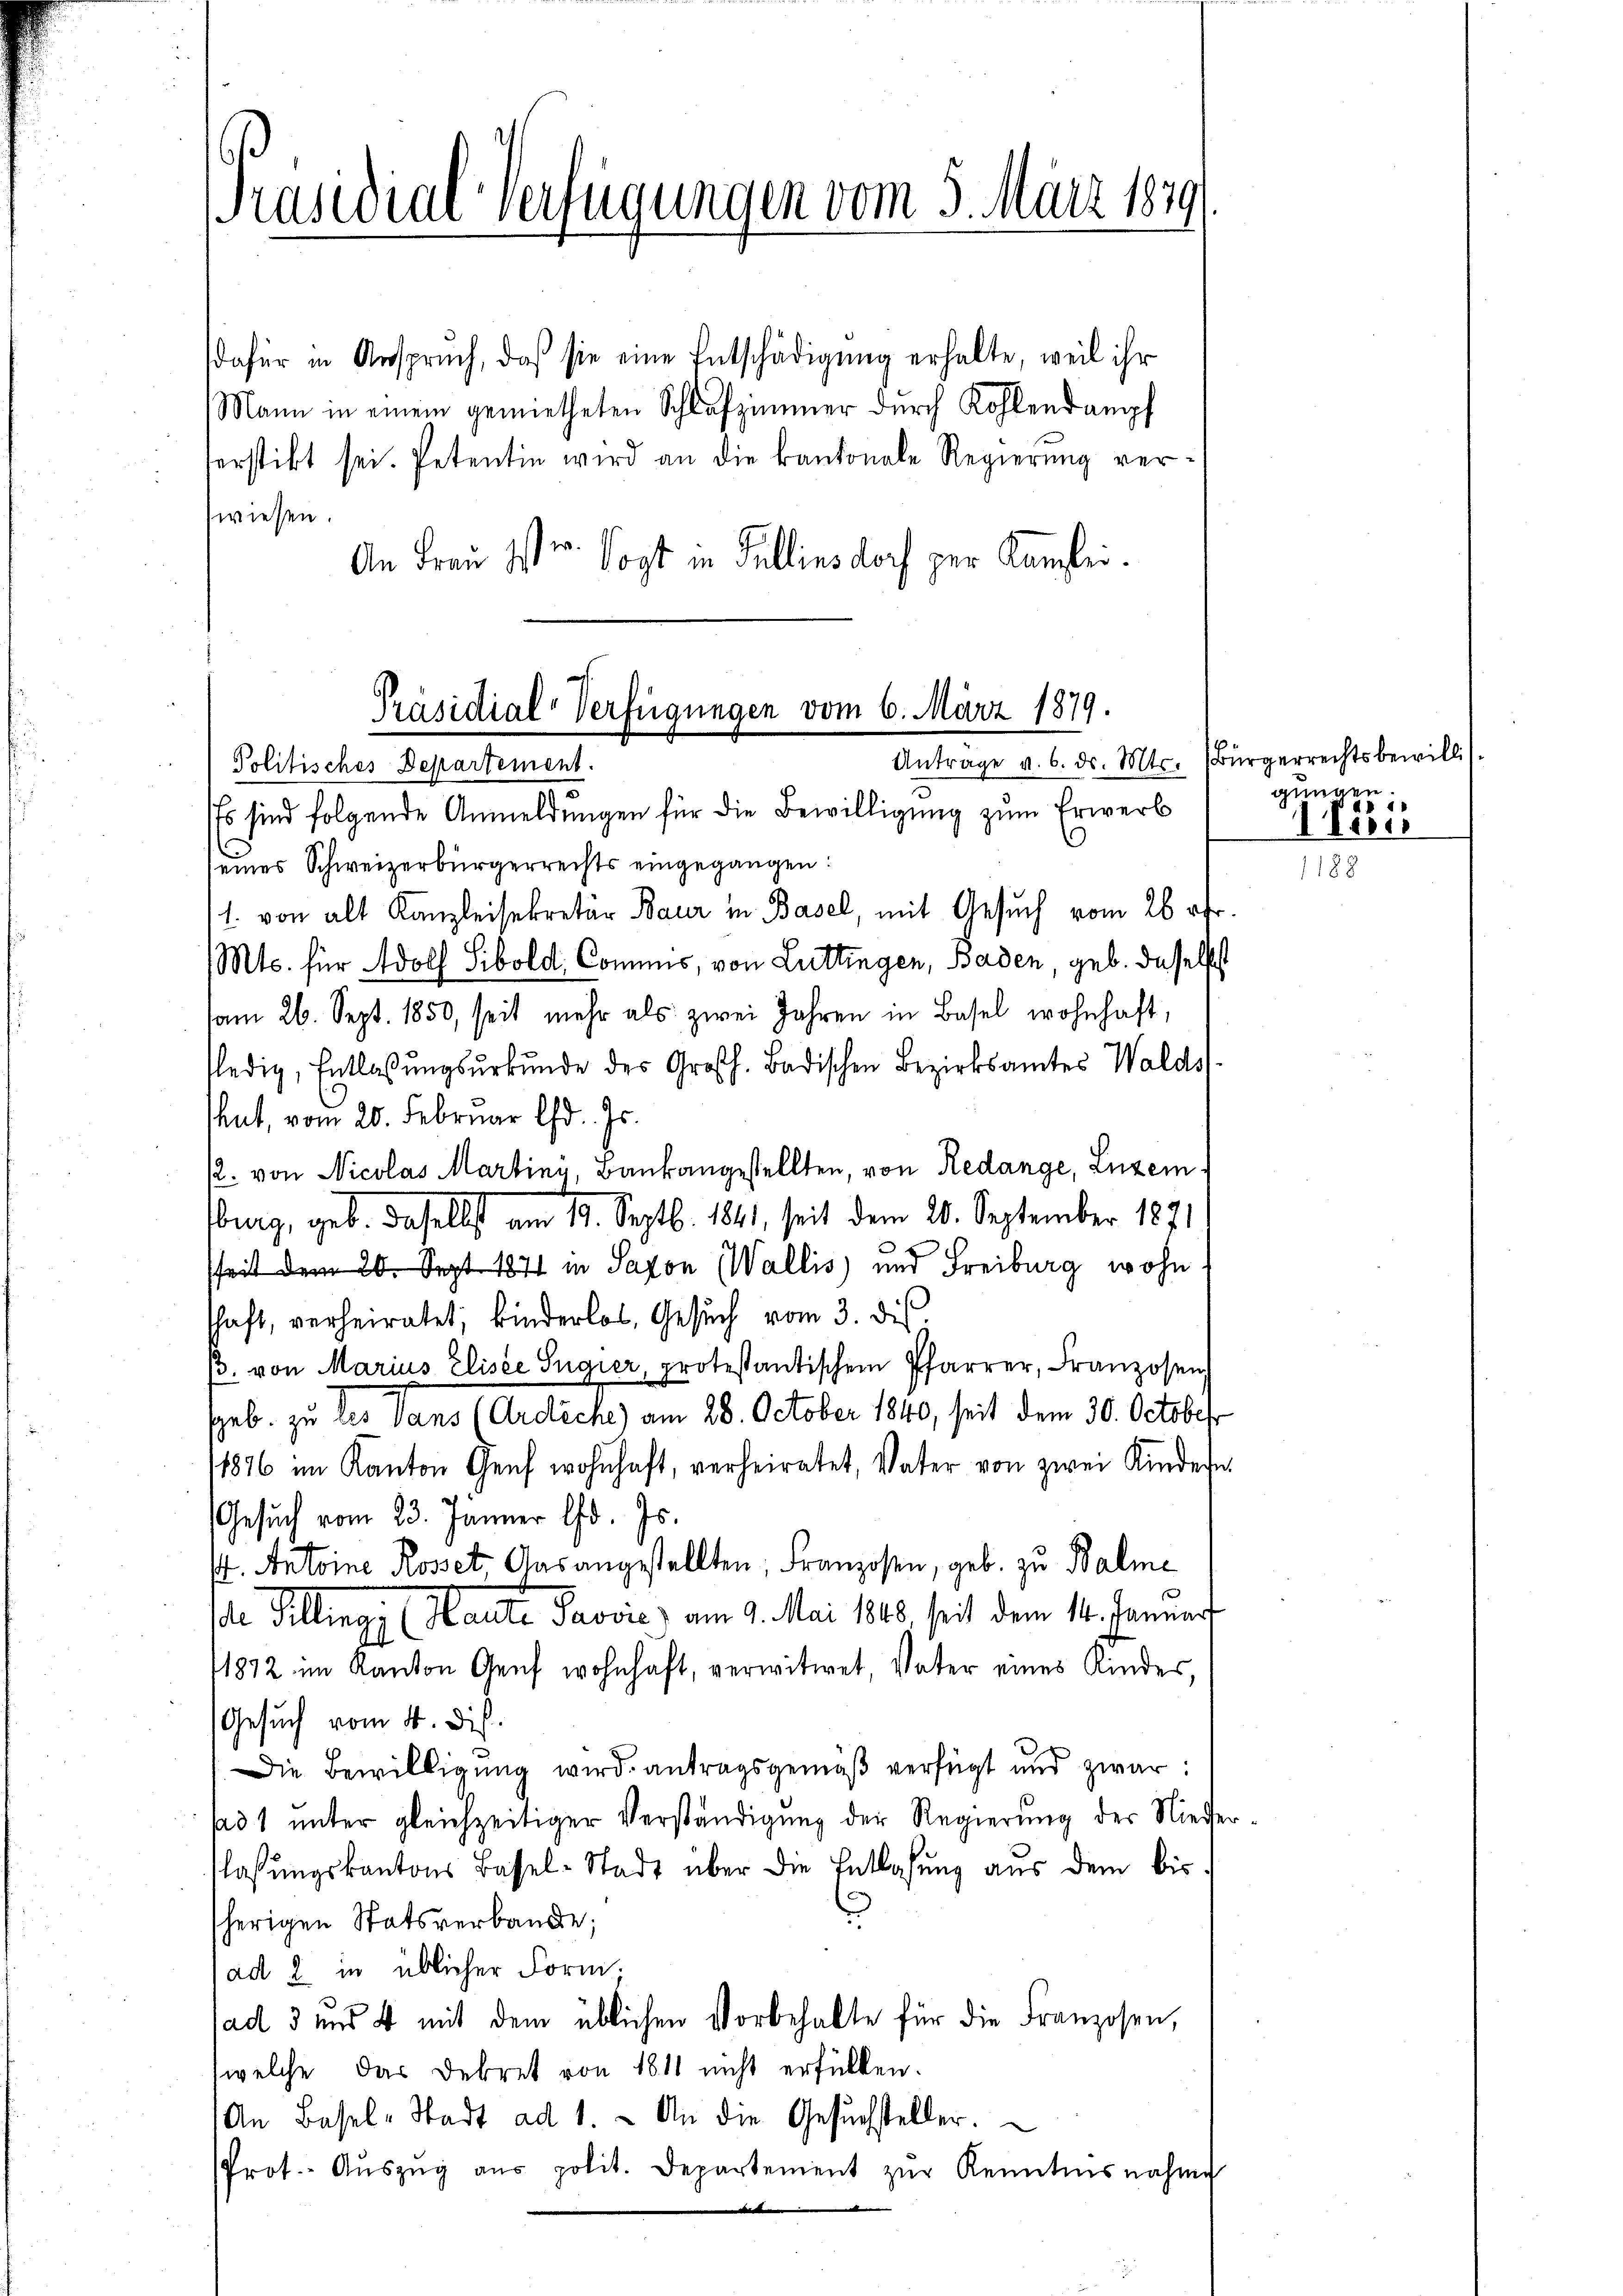
Präsidial-Verfügungen vom 5. März 1879.

dafür in Anspruch, daß sie eine Entschädigung erhalte, weil ihr
Mann in einem gemietheten Schlafzimmer durch Kohlendampf
serstikt sei. Petentin wird an die kantonale Regierŭng ver-
swiesen.
An Frau Ist er Vogt in Fullins doch zur Kanzlei.
Antrage v. 6. d. Mts. Bürgerrechtsbewilli
s sind folgende Anmeldungen für die Bewilligung zum Erwerb
seines Schweizerbürgerrechts eingegangen:
1. von alt Kanzleisekretär Baur in Basel, mit Gesuch vom 26 fr.
Mts. für Adolf Sibold, Commis, von Luttingen, Baden, geb. daselbst
am 26. Sept. 1850, seit mehr als zwei Jahren in Basel wohnhaft,
ledig, Entlassŭngsŭrkŭnde des Großh. Badischen Bezirksamtes Walds
hnt, vom 20. Februar d. Js.
2. von Nicolas Martiny, Baukangestellten, von Redange, Luzemsburg, geb. Daselbst am 19. Septb. 1841, seit dem 20. September 1871
sheit dem 20. Sept 1871 in Saxon Wallis und Freiburg wohn
schaft, verheiratet, kinderlos, Gesŭch vom 3. ds.
β. von Marius Elisée Sugier protestantischen Pfarrer, Franzosen
geb. zu les dans (Ardliche) am 28. October 1840, seit dem 30. October
1876 im Kanton Genf wohnhaft, verheiratet, Vater von zwei Kindern
Gesuch vom 23. Jänner lfd. Js.
st. Antoine Roset, Ansangestellten, Franzosen, geb. zu Balme
e Billings (Haute Pavvić) am 9. Mai 1888, seit dem 14. Januar
1872 im Kanton Genf wohnhaft, verwitwet, Vater eines Kindes,
Gesuch vom 4. Dis
Die Bewilligung wird antragsgemäß verfügt und zwar:
ad 1 unter gleichzeitiger Verständigung der Regierung der Nieder
lassungskantons Bassel-Stadt über die Entlaßung aus dem bis
herigen Statsverbande;
ad 2 in üblicher Form.
jad 3 und 4 mit dem üblichen Vorbehalte für die Franzosen,
(welche das Dekret von 1811 nicht erfüllen.
An Basel-Stadt ad 1. An die Gesŭchsteller.
Prot. Aŭszŭg aŭs polit. Departement zŭr Kenntnisnahme

Präsidial-Verfügungen vom 6. März 1879.
Politisches Departement.

gungen.
iii